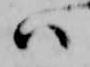
ハ